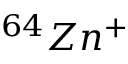
^ { 6 4 } Z n ^ { + }